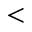
<